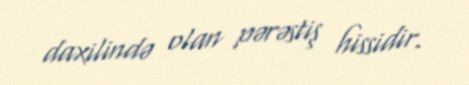
daxilində olan pərəstiş hissidir.